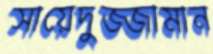
সায়েদুজ্জামান